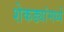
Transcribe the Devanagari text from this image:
शेकड्यांमध्ये